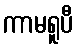
ကာမရူပီ